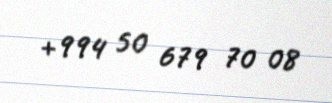
+994 50 679 70 08